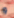
و